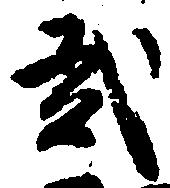
弐